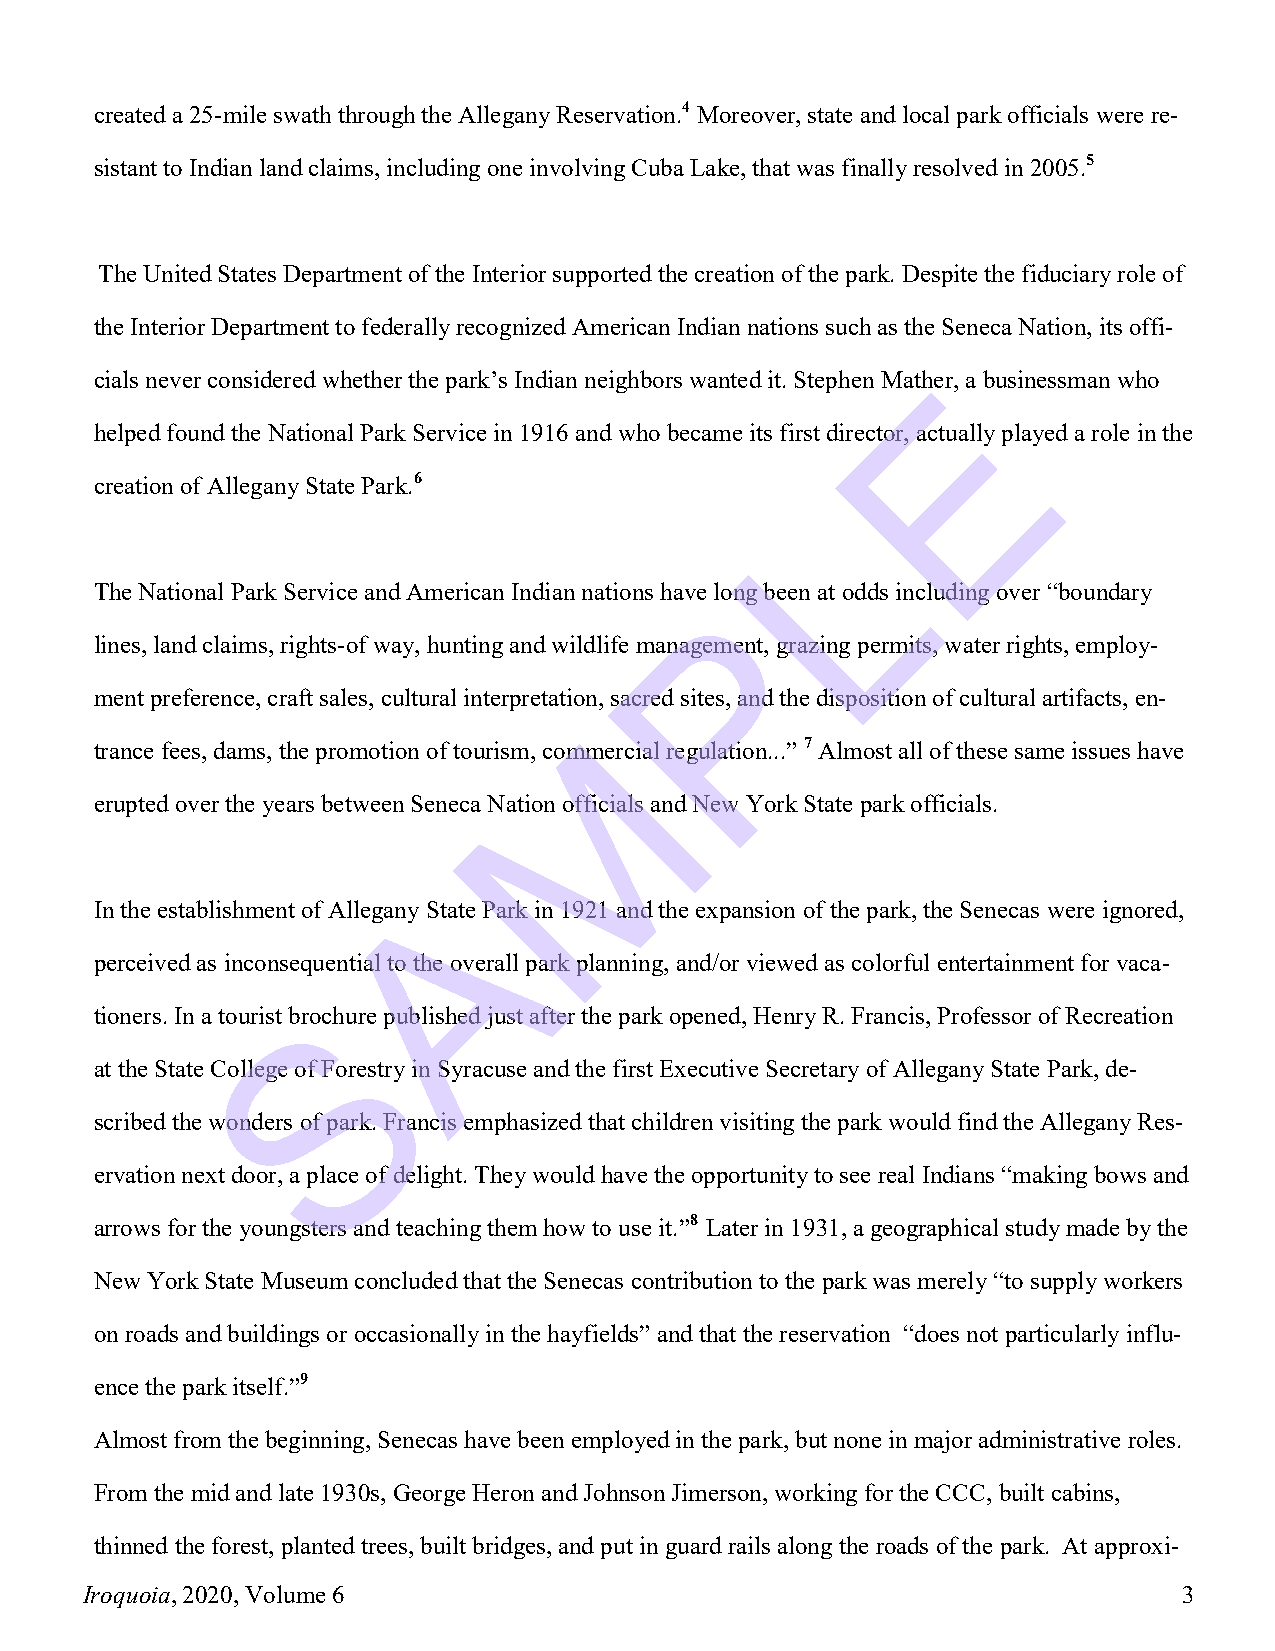
created a 25-mile swath through the Allegany Reservation.4 Moreover, state and local park officials were re-
 sistant to Indian land claims, including one involving Cuba Lake, that was finally resolved in 2005.5
 The United States Department of the Interior supported the creation of the park. Despite the fiduciary role of
 the Interior Department to federally recognized American Indian nations such as the Seneca Nation, its offi-
 cials never considered whether the park’s Indian neighbors wanted it. Stephen MathEer, a businessman who
 helped found the National Park Service in 1916 and who became its first director, actually played a role in the
 creation of Allegany State Park.6
 L
 The National Park Service and American Indian nations have long been at odds including over “boundary
 P
 lines, land claims, rights-of way, hunting and wildlife management, grazing permits, water rights, employ-
 ment preference, craft sales, cultural interpretation, sacred sites, and the disposition of cultural artifacts, en-
 M
 trance fees, dams, the promotion of tourism, commercial regulation...” 7 Almost all of these same issues have
 erupted over the years between Seneca Nation officials and New York State park officials.
 A
 In the establishment of Allegany State Park in 1921 and the expansion of the park, the Senecas were ignored,
 perceived as inconsequential to the overall park planning, and/or viewed as colorful entertainment for vaca-
 S
 tioners. In a tourist brochure published just after the park opened, Henry R. Francis, Professor of Recreation
 at the State College of Forestry in Syracuse and the first Executive Secretary of Allegany State Park, de-
 scribed the wonders of park. Francis emphasized that children visiting the park would find the Allegany Res-
 ervation next door, a place of delight. They would have the opportunity to see real Indians “making bows and
 arrows for the youngsters and teaching them how to use it.”8 Later in 1931, a geographical study made by the
 New York State Museum concluded that the Senecas contribution to the park was merely “to supply workers
 on roads and buildings or occasionally in the hayfields” and that the reservation “does not particularly influ-
 ence the park itself.”9
 Almost from the beginning, Senecas have been employed in the park, but none in major administrative roles.
 From the mid and late 1930s, George Heron and Johnson Jimerson, working for the CCC, built cabins,
 thinned the forest, planted trees, built bridges, and put in guard rails along the roads of the park. At approxi-
 Iroquoia, 2020, Volume 6                                                 3